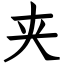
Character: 夹